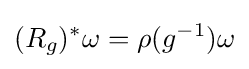
(R_{g})^{*}\omega =\rho (g^{-1})\omega